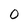
Character: 0